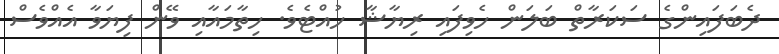
ދެބަފައިންގެ ސަކަރާތް ބަލަން ހެވިފައި ރިޔާޝާ ހުއްޓެވެ. ހިތާމައާއި ވޭން ފިޔަވާ އެއްވެސް